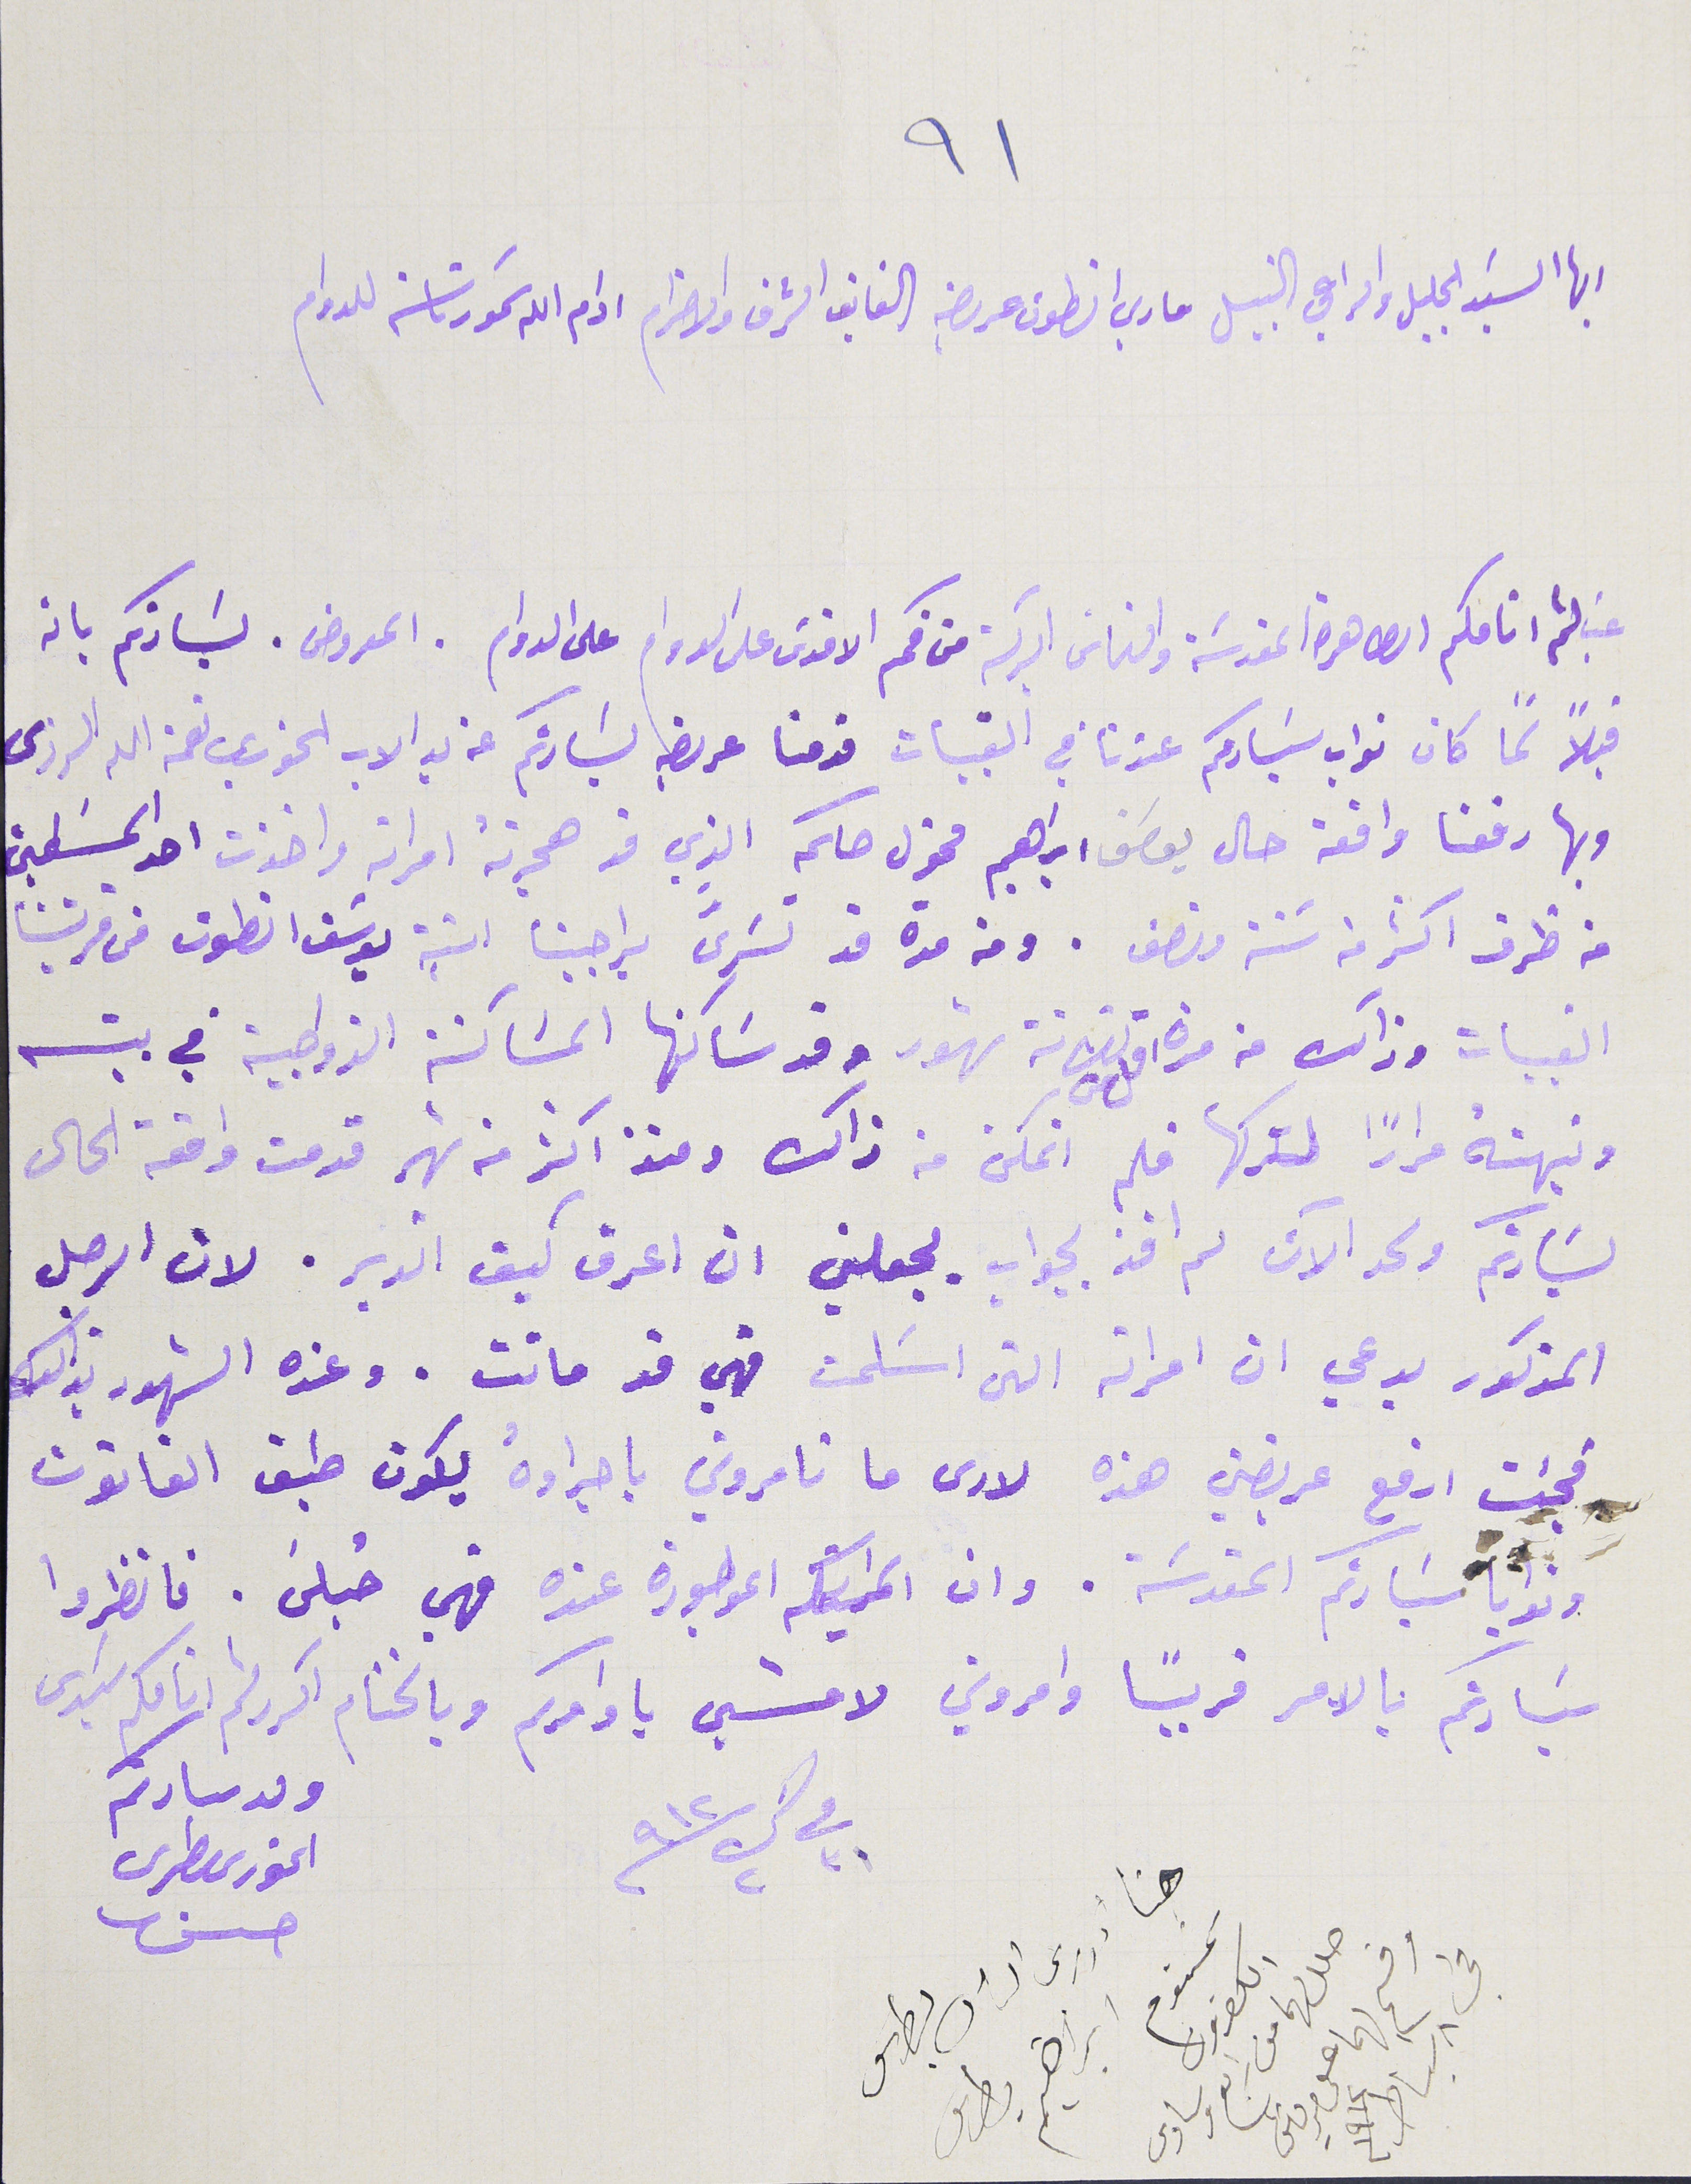
٩١
ايها السَيد الجليل والراعي النبيل ماري انطون عريضه الفايق الشرف والاحترام ادام الله سَمو رئاسته للدوام
غب لثم انامكم الطاهرة المقدسَة والتماسَ البركة من فمكم  الاقدس على الدوام. المعروض لسَيادتكم بانه
قبلاً لما كان نواب سَيادتكم عندنا في القبيات قدمنا عريضه لسَيادتكم عن يد الاب الخوري نعمة الله الرزى
وبها رفعنا واقعة حال يوسَف ابراهيم مخول حكمه الذي قد هجرتهً امراته واخذت احد المسَلمين
من ظرف اكثر من سَنة ونصف. ومن مدة قد تسرىَّ براجينا ابنة يوسَف انطون من قريتنا
القبيات وذالك من مدة اقل من ثلاثة شهور وقد سَاكنها المسَاكنة الزوجية في بيته
ونبهته مراراً لتركها فلم اتمكن من ذالك ومنذ اكثر من شهر قدمت واقعة الحال
لسَيادتكم ولحد الآن لم افد بجواب يجعلني ان اعرف كيف اتدبر. لان الرجل
المذكور يدعي ان امراته التي اسَلمت فهي قد ماتت. وعنده الشهود بذالك
فجئت ارفع عريضتي هذه لارى ما تامروني باجراؤهُ يكون طبق القانون
سَيادتكم بالامر قريبًا وامروني لامشي باوامركم وبالختام اكرر لثم انامكم سَيدى
ولد سىادتكم الخورى ىطرس
            حسن
ونوايا سَيادتكم المقدسَة. وان الموجودة عنده فهي حُبلَى. فانظروا
فى ٣١ ك٢ ٩١٢
هنا ادرس الياس بطرس ابراهيم بطرس
سمسوم الكفرون حلل لهما من رابع وسادس
وفسح لهما على مرتين في ٨ شباط ١٩١٢